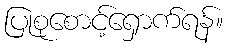
ပြုစုစောင့်ရှောက်ရန်။